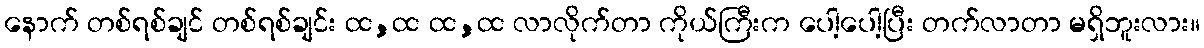
နောက် တစ်ရစ်ချင် တစ်ရစ်ချင်း ထ,ထ ထ,ထ လာလိုက်တာ ကိုယ်ကြီးက ပေါ့ပေါ့ပြီး တက်လာတာ မရှိဘူးလား။